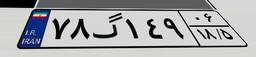
۷۸گ۱۴۹۰۶